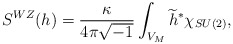
\begin{align*}S^{WZ}(h)=\frac{\kappa }{4\pi \sqrt{-1}}\int_{V_{M}}\widetilde{h}^{\ast}\chi _{SU(2)},\end{align*}